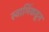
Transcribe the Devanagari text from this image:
स्वामिंकडून